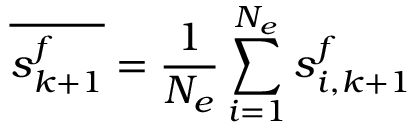
\overline { { \boldsymbol { s } _ { k + 1 } ^ { f } } } = \frac { 1 } { N _ { e } } \sum _ { i = 1 } ^ { N _ { e } } \boldsymbol { s } _ { i , k + 1 } ^ { f }